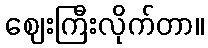
ဈေးကြီးလိုက်တာ။